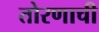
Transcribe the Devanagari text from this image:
तोरणाची